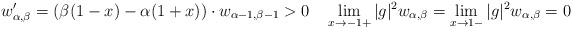
\begin{align*} w_{\alpha,\beta}'=\left(\beta(1-x)-\alpha(1+x)\right)\cdot w_{\alpha-1,\beta-1} >0 \quad \lim_{x\to-1+} |g|^2 w_{\alpha,\beta} =\lim_{x\to1-} |g|^2 w_{\alpha,\beta}=0 \end{align*}